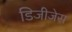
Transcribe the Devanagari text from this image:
डिजीजेस